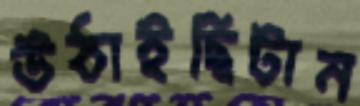
উঠাইছিটান